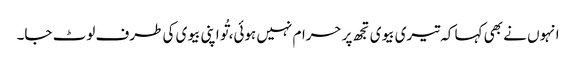
انہوں نے بھی کہا کہ تیری بیوی تجھ پر حرام نہیں ہوئی، تُو اپنی بیوی کی طرف لوٹ جا۔